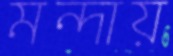
মন্দায়